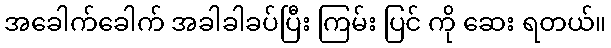
အခေါက်ခေါက် အခါခါခပ်ပြီး ကြမ်း ပြင် ကို ဆေး ရတယ်။